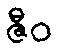
ဇီဝ